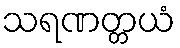
သရဏတ္တယံ